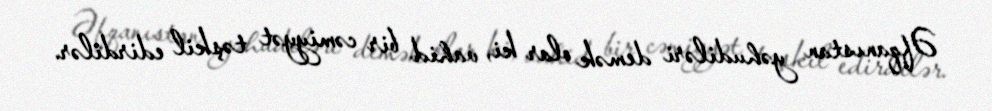
Əfqanıstan yəhudiləri demək olar ki, vahid bir cəmiyyət təşkil edirdilər.